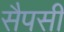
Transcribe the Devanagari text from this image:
सैपसी